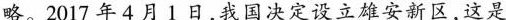
略。2017 年 4 月 1 日，我国决定设立雄安新区，这是